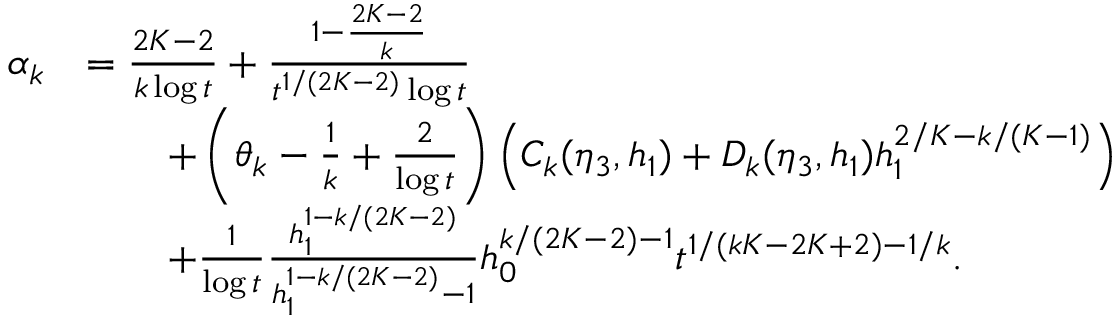
\begin{array} { r l } { \alpha _ { k } } & { = \frac { 2 K - 2 } { k \log t } + \frac { 1 - \frac { 2 K - 2 } { k } } { t ^ { 1 / ( 2 K - 2 ) } \log t } } \\ & { \qquad + \left( \theta _ { k } - \frac { 1 } { k } + \frac { 2 } { \log t } \right) \left( C _ { k } ( \eta _ { 3 } , h _ { 1 } ) + D _ { k } ( \eta _ { 3 } , h _ { 1 } ) h _ { 1 } ^ { 2 / K - k / ( K - 1 ) } \right) } \\ & { \qquad + \frac { 1 } { \log t } \frac { h _ { 1 } ^ { 1 - k / ( 2 K - 2 ) } } { h _ { 1 } ^ { 1 - k / ( 2 K - 2 ) } - 1 } h _ { 0 } ^ { k / ( 2 K - 2 ) - 1 } t ^ { 1 / ( k K - 2 K + 2 ) - 1 / k } . } \end{array}